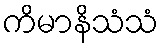
ကိမာနိသံသံ